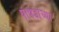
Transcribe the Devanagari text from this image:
पापडाच्या